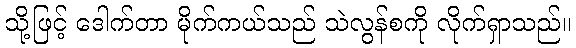
သို့ဖြင့် ဒေါက်တာ မိုက်ကယ်သည် သဲလွန်စကို လိုက်ရှာသည်။